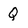
Character: Q